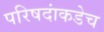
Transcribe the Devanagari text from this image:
परिषदांकडेच